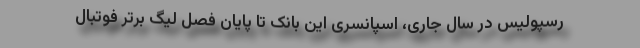
رسپولیس در سال جاری، اسپانسری این بانک تا پایان فصل لیگ برتر فوتبال